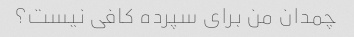
چمدان من برای سپرده کافی نیست؟